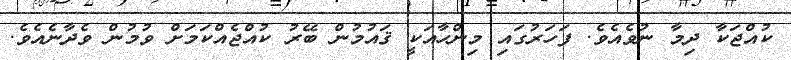
ކުއްޖަކާ ދިމާ ނުވެއެވެ. ފަހަރުގައި މިންހާއަކީ ޤައުމުން ބޭރު ކުއްޖެއްކަމަށް ވުމުން ވެދާނެއެވެ.